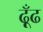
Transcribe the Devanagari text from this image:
ढ़ूँढ